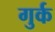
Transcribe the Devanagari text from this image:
गुर्क